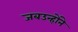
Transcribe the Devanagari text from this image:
जबउन्होंने